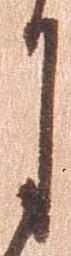
月